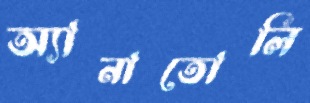
অ্যানাতোলি